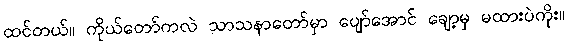
ထင်တယ်။ ကိုယ်တော်ကလဲ သာသနာတော်မှာ ပျော်အောင် ချော့မှ မထားပဲကိုး။